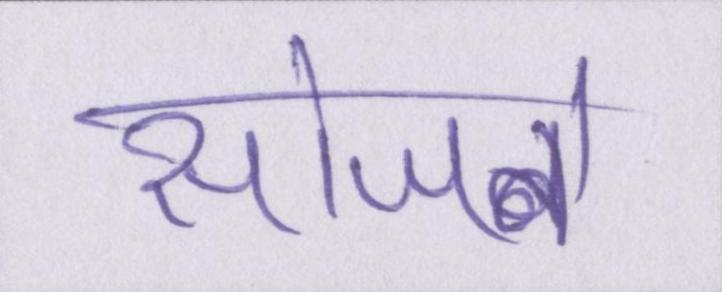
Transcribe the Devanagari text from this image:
सोजने